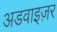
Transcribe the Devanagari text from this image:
अडवाइज़र